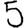
Digit: 5